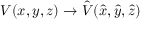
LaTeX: V ( x , y , z ) \to { \hat { V } } ( { \hat { x } } , { \hat { y } } , { \hat { z } } )